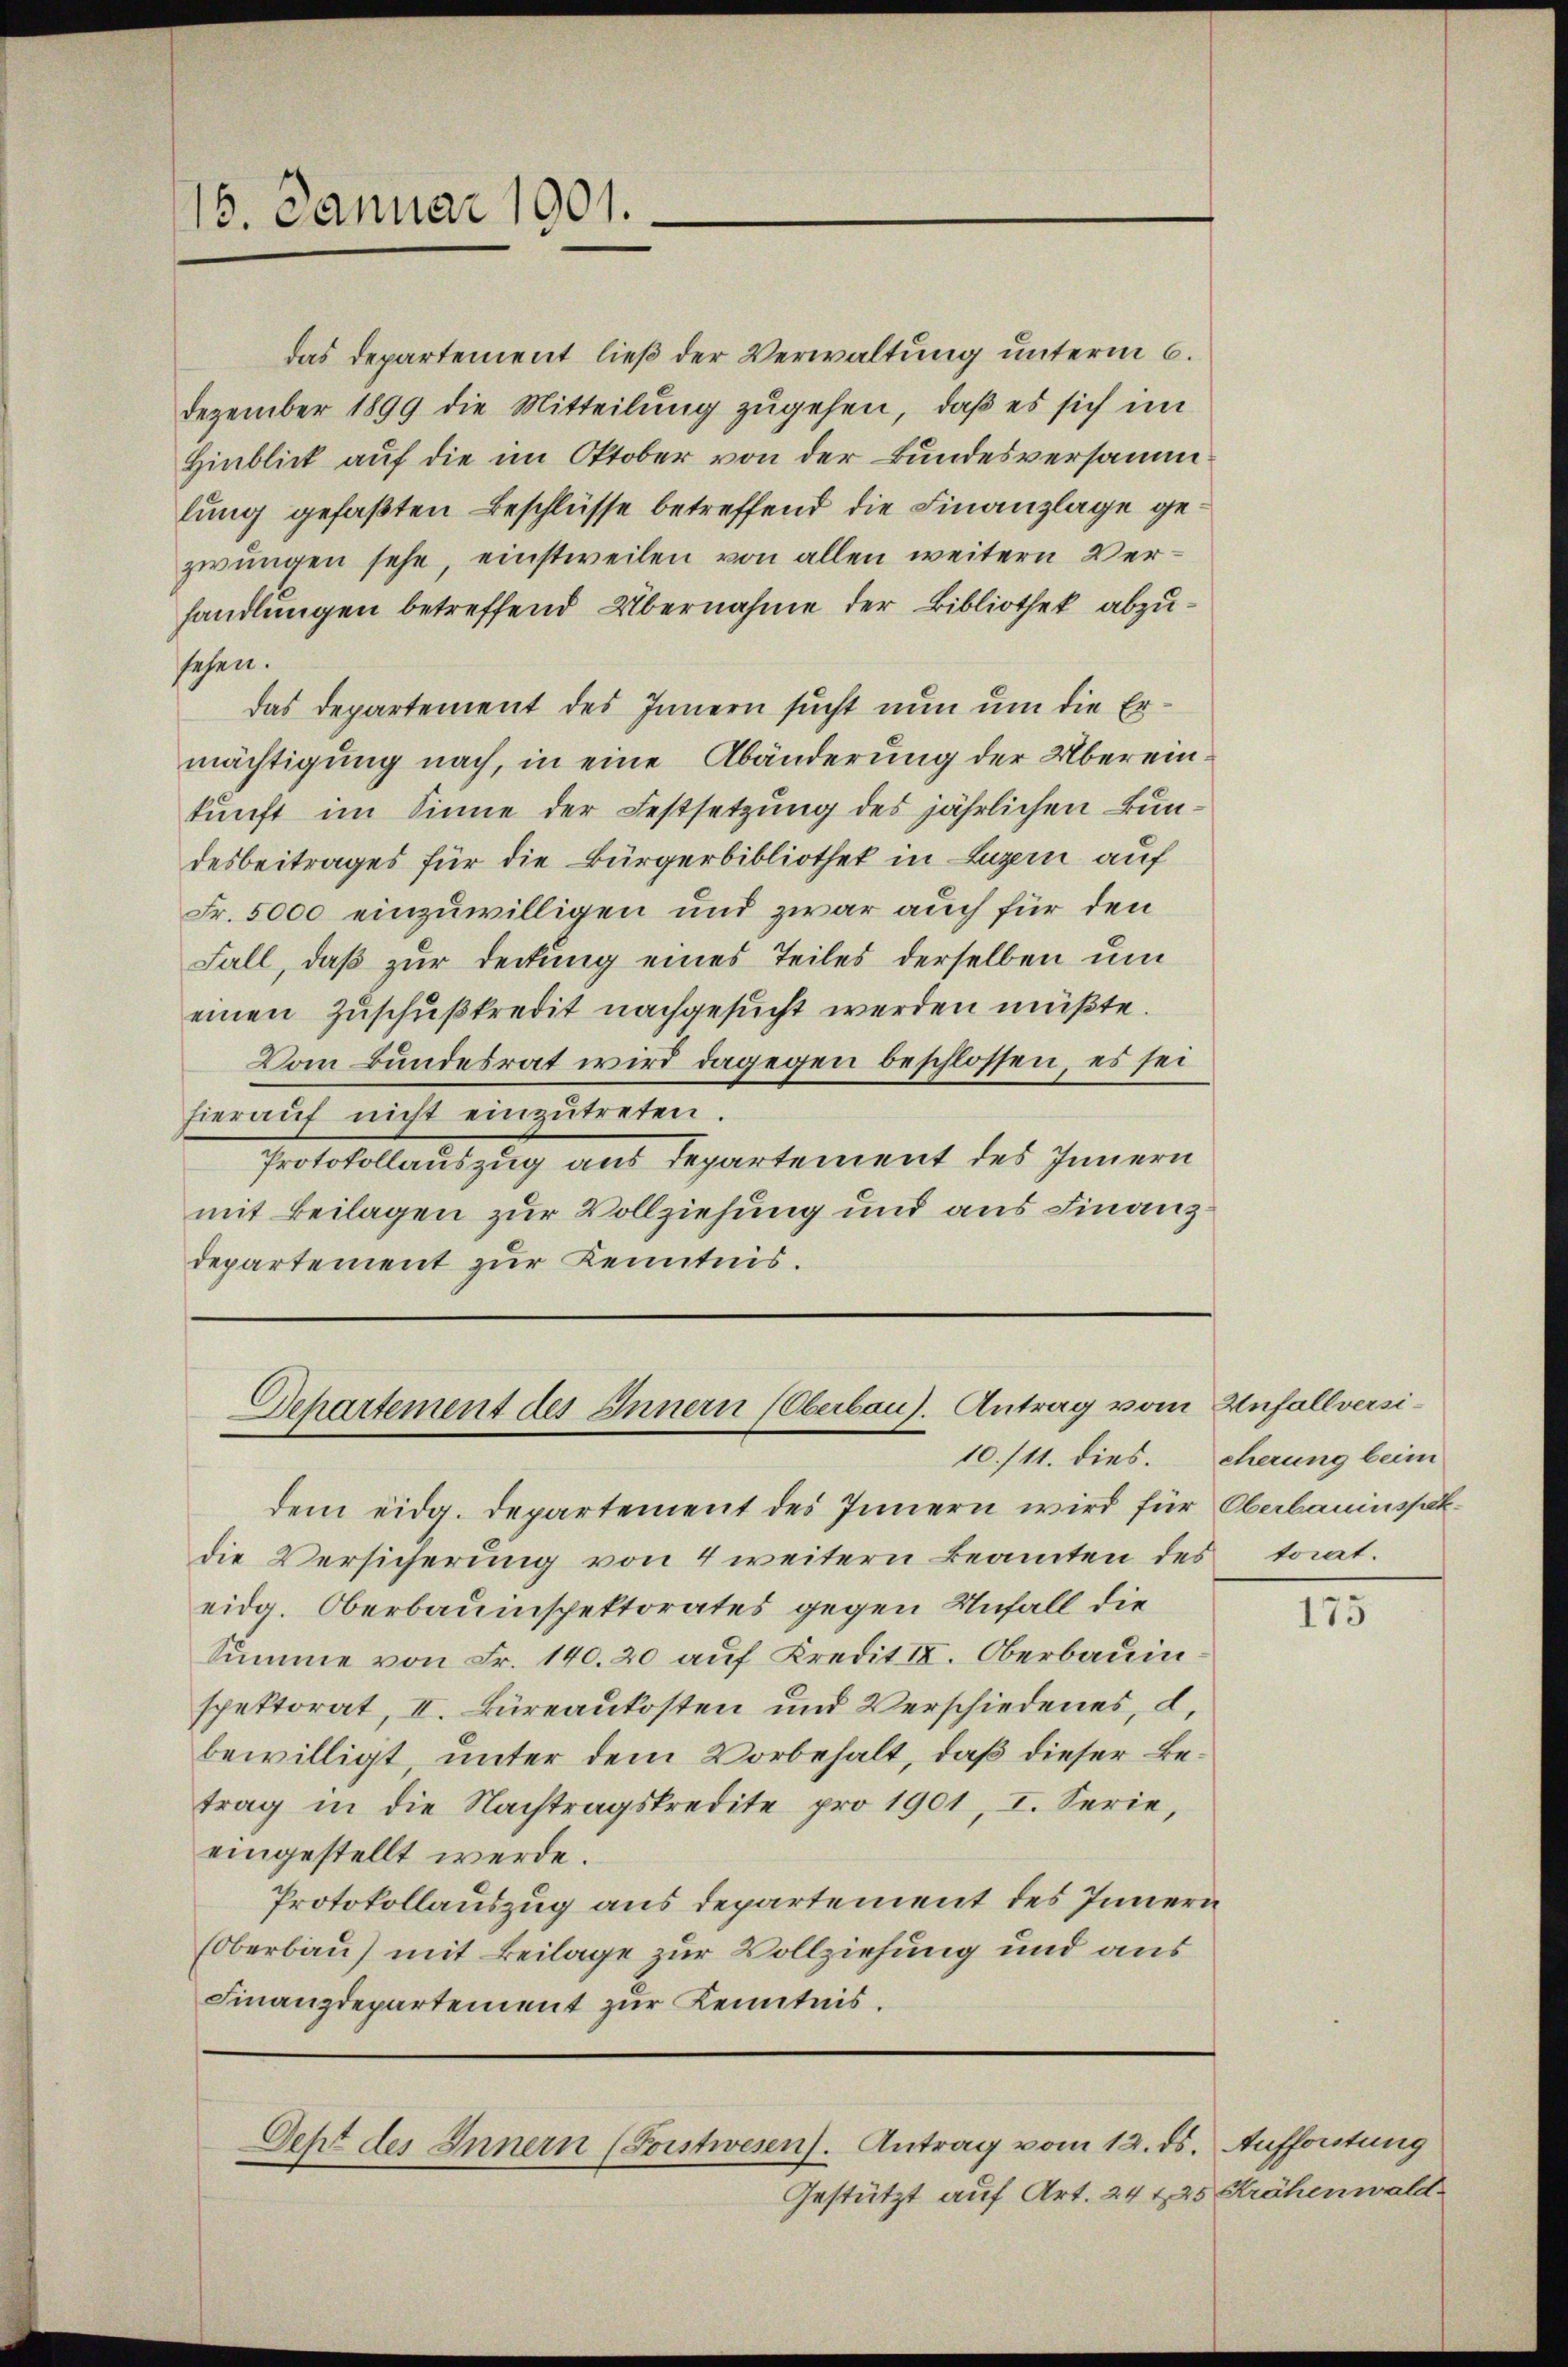
16. Januar 1901.

das Departement ließ der Verwaltung unterm 6.
Dezember 1899 die Mitteilung zugehen, daß es sich im
Hinblick auf die im Oktober von der Bundesversamm
lung gefaßten Beschlüsse betreffend die Finanzlage gezwungen sehe, einstweilen von allen weitern Verhandlungen betreffend Übernahme der Bibliothek abzusehen.
das Departement des Innern sucht nun um die Ermächtigung nach, in eine Abänderung der Übereinkunft im Sinne der Festsetzung des jährlichen Bundesbeitrages für die Bürgerbibliothek in Luzern auf
Fr. 5000 einzuwilligen und zwar auch für den
Fall, daß zur Deckung eines Teiles derselben um
einen Zuschußkredit nachgesucht werden müßte.
Vom Bundesrat wird dagegen beschlossen, es sei
hieraŭf nicht einzŭtreten.
Protokollauszug aus Departement des Innern
mit Beilagen zur Vollziehung und aus Finanz
departement zur Kenntnis.

Separtement des Innern (Oberbaus. Antrag vom Unfallversi¬

dem eidg. Departement des Innern wird für Oberbauinspekdie Versicherung von 4 weitern Beamten des torat.
eidg. Oberbauinspektorates gegen Unfall die
Summe von Fr. 140. 20 auf Kredit IV. Oberbauinspektorat, II. Büreaukosten und Verschiedenes, d.
bewilligt, unter dem Vorbehalt, daß dieser Betrag in die Nachtragskredite pro 1901, I. Serie,
eingestellt werde.
Protokollauszug aus departement des Innern
(Oberbau) mit Beilage zur Vollziehung und aus
Finanzdepartement zur Kenntnis.

Gestützt auf Art. 24 225 Krähenwald

Dept des Innern (Forstwesen. Antrag vom 12. ds.

10./11. dies. Cherung beim

175

Aufforstung